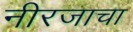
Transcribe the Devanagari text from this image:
नीरजाचा